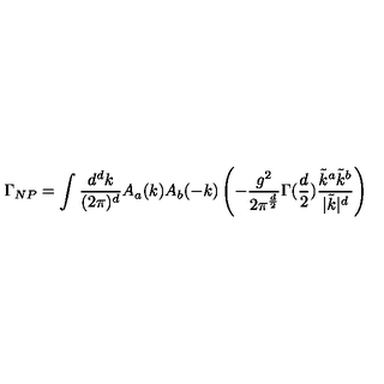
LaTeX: \Gamma _ { N P } = \int { \frac { d ^ { d } k } { ( 2 \pi ) ^ { d } } } A _ { a } ( k ) A _ { b } ( - k ) \left( - { \frac { g ^ { 2 } } { 2 \pi ^ { \frac { d } { 2 } } } } \Gamma ( { \frac { d } { 2 } } ) { \frac { \tilde { k } ^ { a } \tilde { k } ^ { b } } { | \tilde { k } | ^ { d } } } \right)